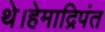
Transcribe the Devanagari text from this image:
थे।हेमाद्रिपंत